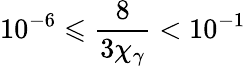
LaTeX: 10^{-6}\leqslant\frac{8}{3\chi_{\gamma}}<10^{-1}